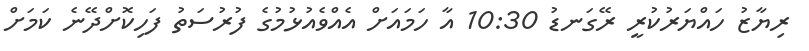
ރިޔާޒު ހައްޔަރުކުރީ ރޭގަނޑު 10:30 އާ ހަމައަށް އެއްވެއުޅުމުގެ ފުރުސަތު ފަހިކޮށްދޭނެ ކަަމަށް